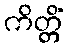
ကိတ္တိံ